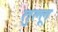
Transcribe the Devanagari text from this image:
तुल्लू